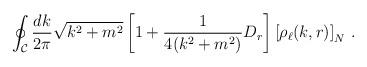
LaTeX: \begin{align*}\oint_{\cal C} \frac{dk}{2\pi} \sqrt{k^2+m^2}\left[1+\frac{1}{4(k^2+m^2)}D_r\right] \left[\rho_\ell(k,r)\right]_{N} \,.\end{align*}